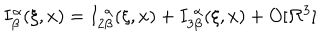
LaTeX: I _ { \beta } ^ { \alpha } ( \xi , x ) = I _ { 2 \beta } ^ { \; \alpha } ( \xi , x ) + I _ { 3 \beta } ^ { \; \alpha } ( \xi , x ) + O [ \Re ^ { 3 } ]